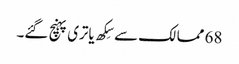
68 ممالک سے سِکھ یاتری پہنچ گئے۔